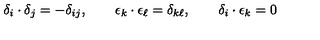
\delta _ { i } \cdot \delta _ { j } = - \delta _ { i j } , \qquad \epsilon _ { k } \cdot \epsilon _ { \ell } = \delta _ { k \ell } , \qquad \delta _ { i } \cdot \epsilon _ { k } = 0